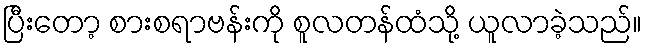
ပြီးတော့ စားစရာဗန်းကို စူလတန်ထံသို့ ယူလာခဲ့သည်။